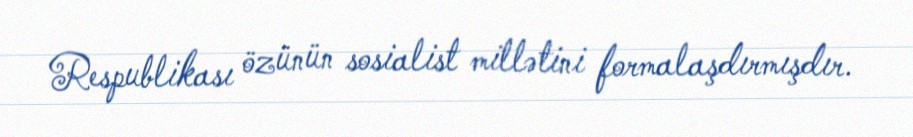
Respublikası özünün sosialist millətini formalaşdırmışdır.